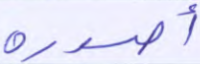
أصدرة